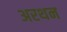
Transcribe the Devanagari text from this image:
अरथन